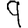
Digit: 9